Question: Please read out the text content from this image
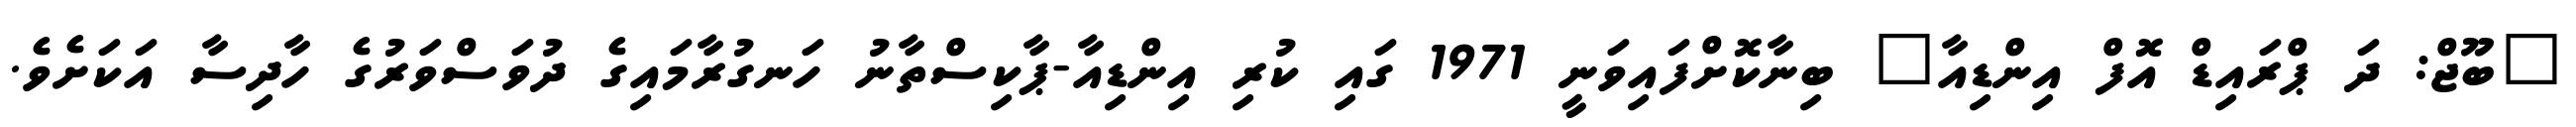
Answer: "ބޫޖް: ދަ ޕްރައިޑް އޮފް އިންޑިއާ" ބިނާކޮށްފައިވަނީ 1971 ގައި ކުރި އިންޑިއާ-ޕާކިސްތާނު ހަނގުރާމައިގެ ދުވަސްވަރުގެ ހާދިސާ އަކަށެވެ.